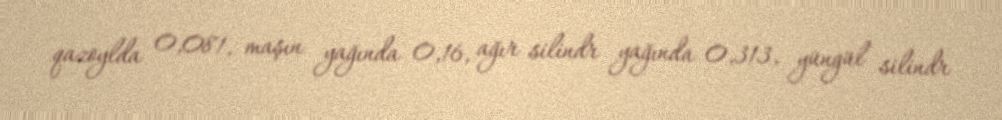
qazoylda 0,081, maşın yağında 0,16, ağır silindr yağında 0,313, yüngül silindr